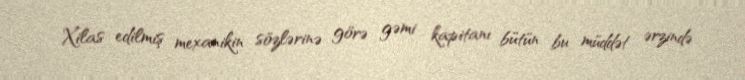
Xilas edilmiş mexanikin sözlərinə görə gəmi kapitanı bütün bu müddət ərzində